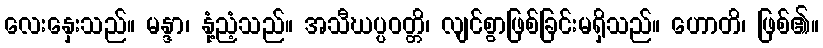
လေးနှေးသည်။ မန္ဒာ၊ နုံ့ညံ့သည်။ အသီဃပ္ပဝတ္တိ၊ လျင်စွာဖြစ်ခြင်းမရှိသည်။ ဟောတိ၊ ဖြစ်၏။